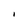
Character: I